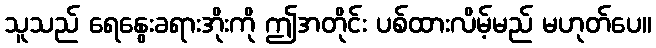
သူသည် ရေနွေးခရားအိုးကို ဤအတိုင်း ပစ်ထားလိမ့်မည် မဟုတ်ပေ။